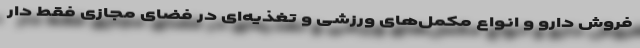
فروش دارو و انواع مکمل‌های ورزشی و تغذیه‌ای در فضای مجازی فقط دار